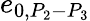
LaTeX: e_{0,{P_{2}}-{P_{3}}}